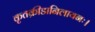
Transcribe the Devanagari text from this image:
कृतक्रीडानिलायनः।